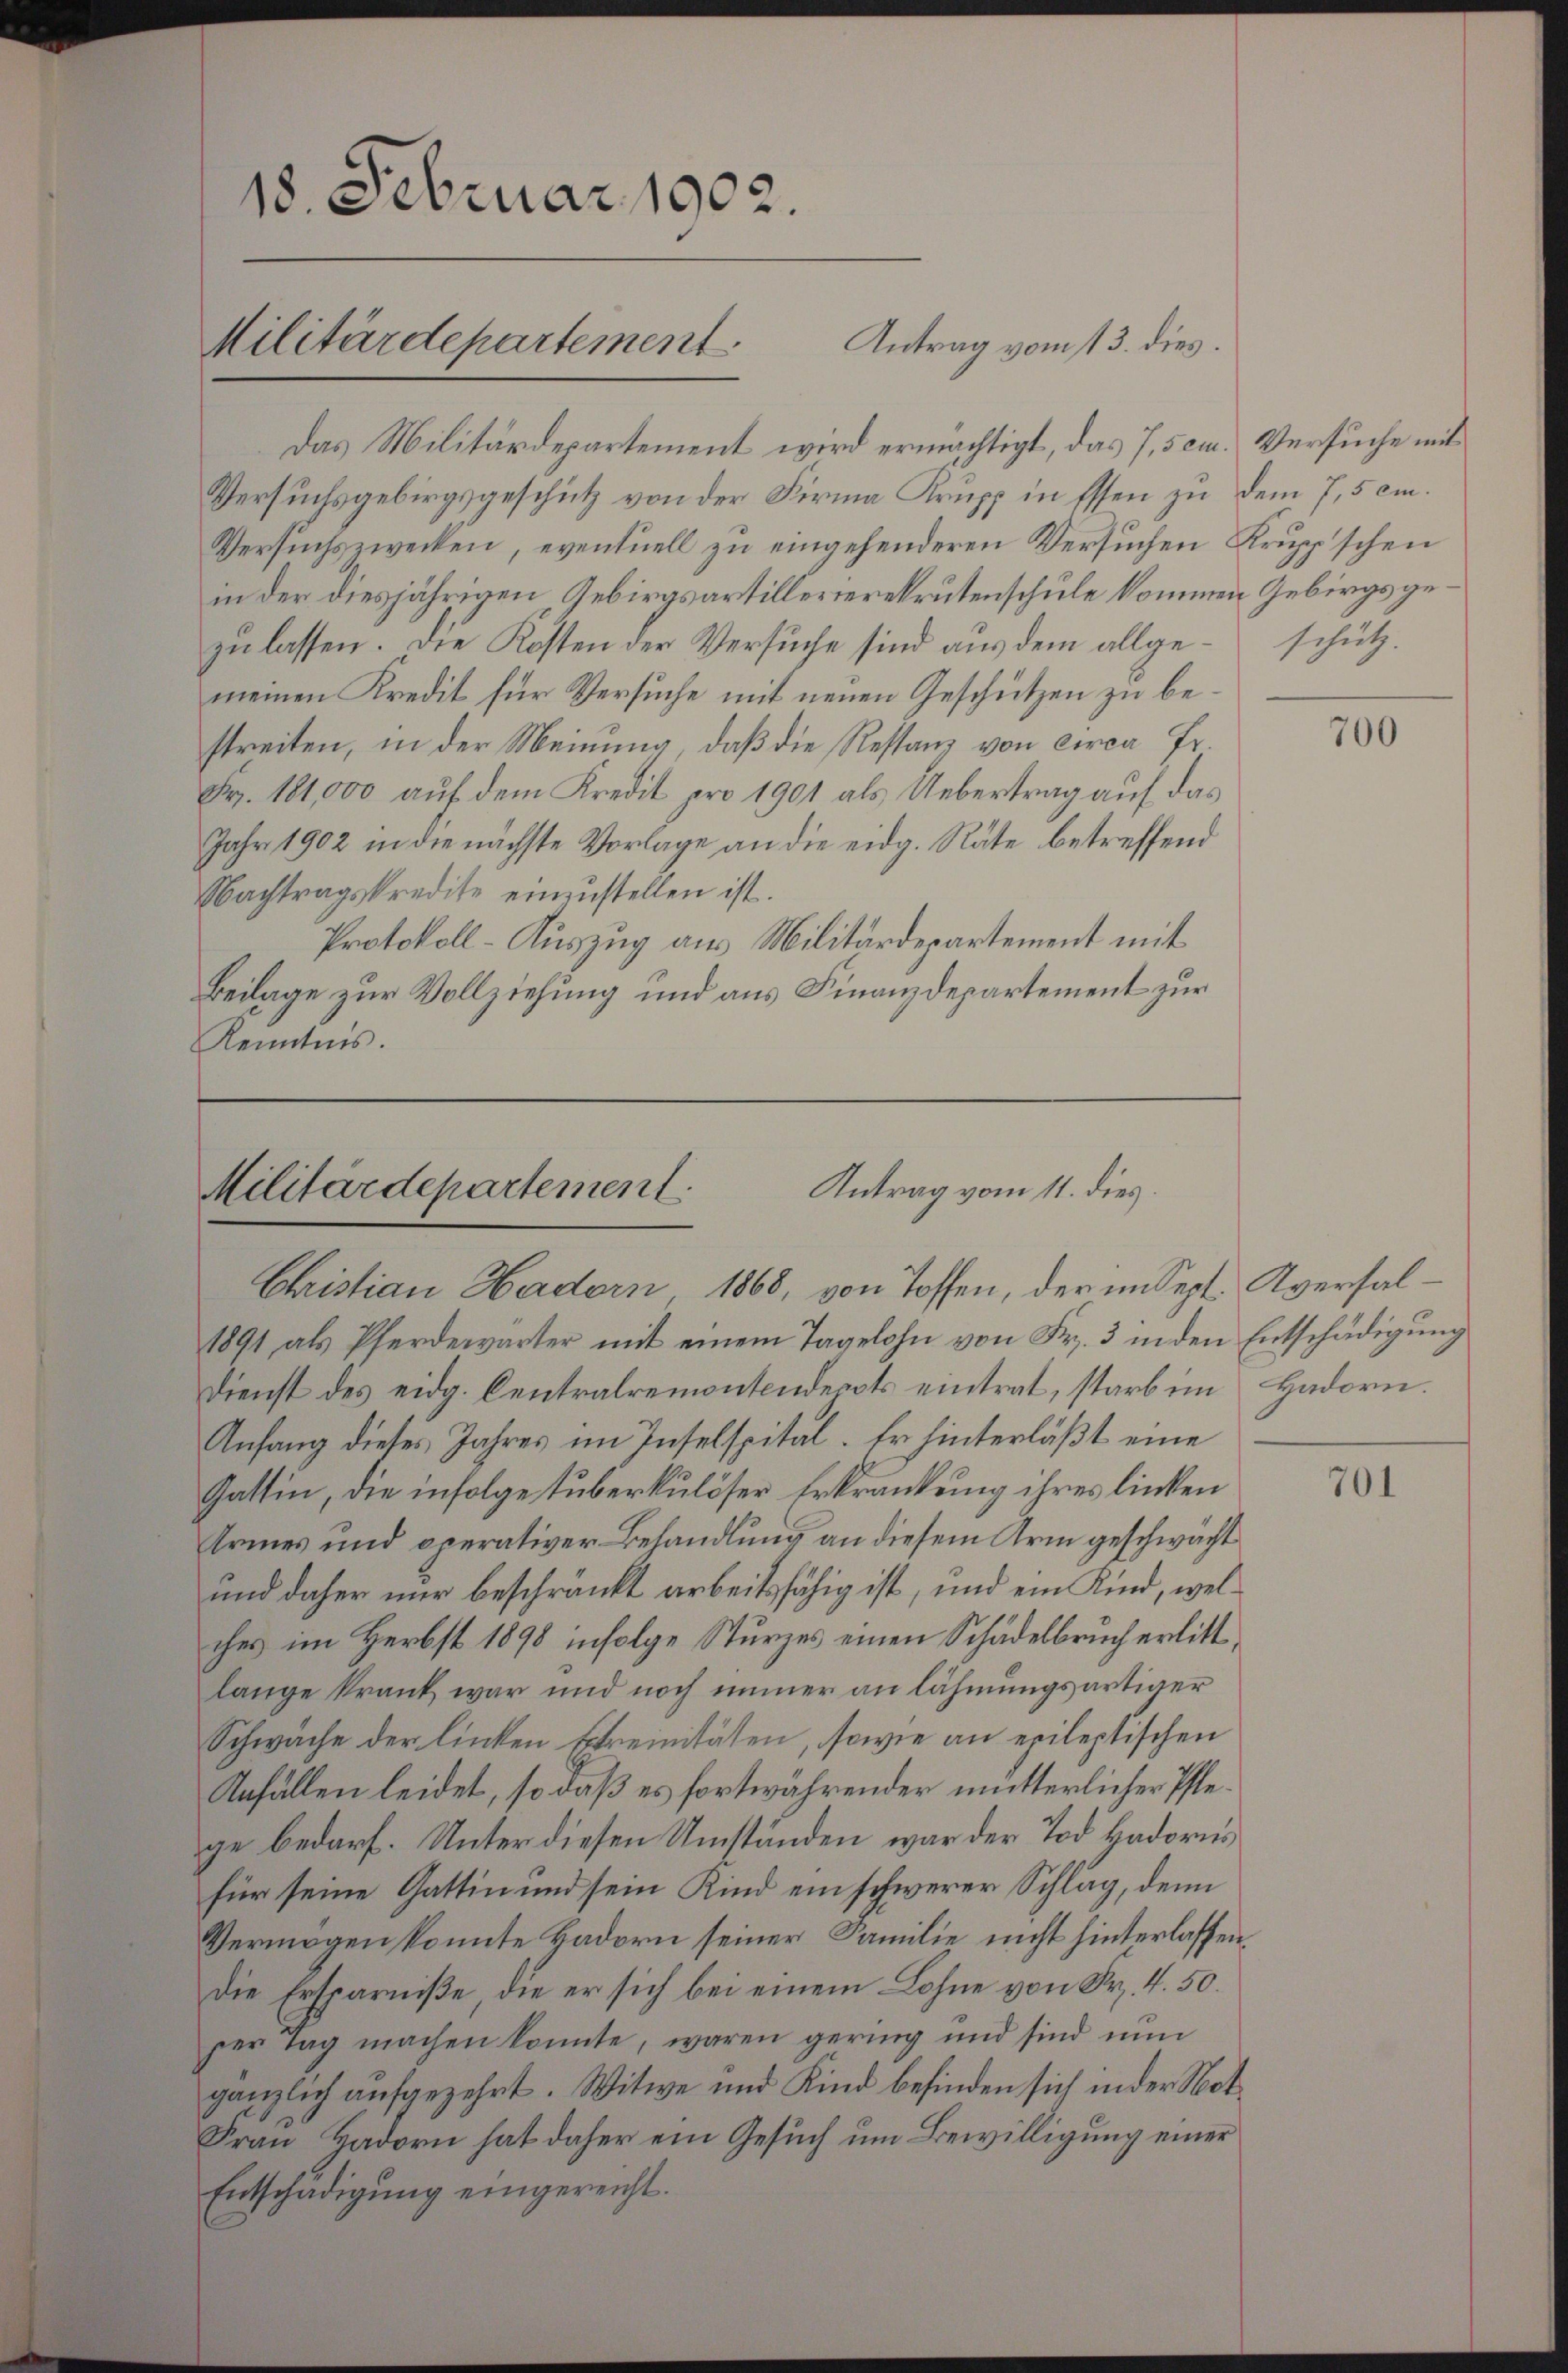
Das Militärdepartement wird ermächtigt, das 7, 5 cm. Versuche mit
Versuchsgebirgsgeschütz von der Firma Krupp in Essen zu dem 7,5 cm.
Versuchszwecken, eventuell zu eingehenderen Versuchen Krup'schen
in der diesjährigen Gebirgsartillerierekrutenschule kommen Gebirgsgezu lassen. Die Kosten der Versuche sind aus dem allge- schützmeinen Kredit für Versuche mit neuen Geschützen zu bestreiten, in der Meinung, daß die Restanz von circa Fr.
Fr. 181,000 auf dem Kredit pro 1901 als Uebertrag auf das
Jahr 1902 in die nächste Vorlage an die eidg. Räte betreffend
Nachtragskredite einzustellen ist.
Protokoll-Auszug aus Militärdepartement mit
Beilage zur Vollziehung und aus Finanzdepartement zur
Kenntnis.

18. Februar 1902.
Antrag vom 13. dies
Militärdepartement

Militärdepartement.
Antrag vom 11. dies.
Christian Hadorn 1868, von Toffen, der im Sept. Aversal-

1891 als Pferdewärter mit einem Tagelohn von Fr. 3 in den Entschädigŭng
Dienst des eidg. Centralremontendepots eintrat, starb im Hadorn.
Anfang dieses Jahres im Inselspital. Er hinterläßt eine
Gattin, die infolge tuberkulöser Erkrankung ihres linken
Armes und operativer Behandlung an diesem Arm geschwächt
und daher nur beschränkt arbeitsfähig ist, und ein Kind, welches im Herbst 1898 infolge Sturzes einen Schädelbruch erlittlange krank war und noch immer an lähmungsartiger
Schwäche der linken Streinitäten, sowie an epileptischen
Anfällen leidet, so daß es fortwährender mütterlicher Pflege bedarf. Unter diesen Umständen war der Tod Hadorns
für seine Gattin und sein Kind ein schwerer Schlag, denn
Vermögen konnte Hadorn seiner Familie nicht hinterlassen,
Die Ersparniße, die er sich bei einem Lohne von Fr. 4. 50.
per Tag machen konnte, waren gering und sind nun
gänzlich aufgezehrt. Witwe und Kind befinden sich in der Not-
Frau Hadorn hat daher ein Gesuch um Bewilligung einer
Entschädigung eingereicht.

700

701